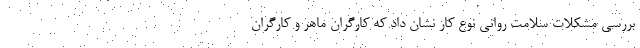
بررسی مشکلات سلامت روانی نوع کار نشان داد که کارگران ماهر و کارگران